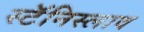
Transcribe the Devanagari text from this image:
स्टॅनिस्लाव